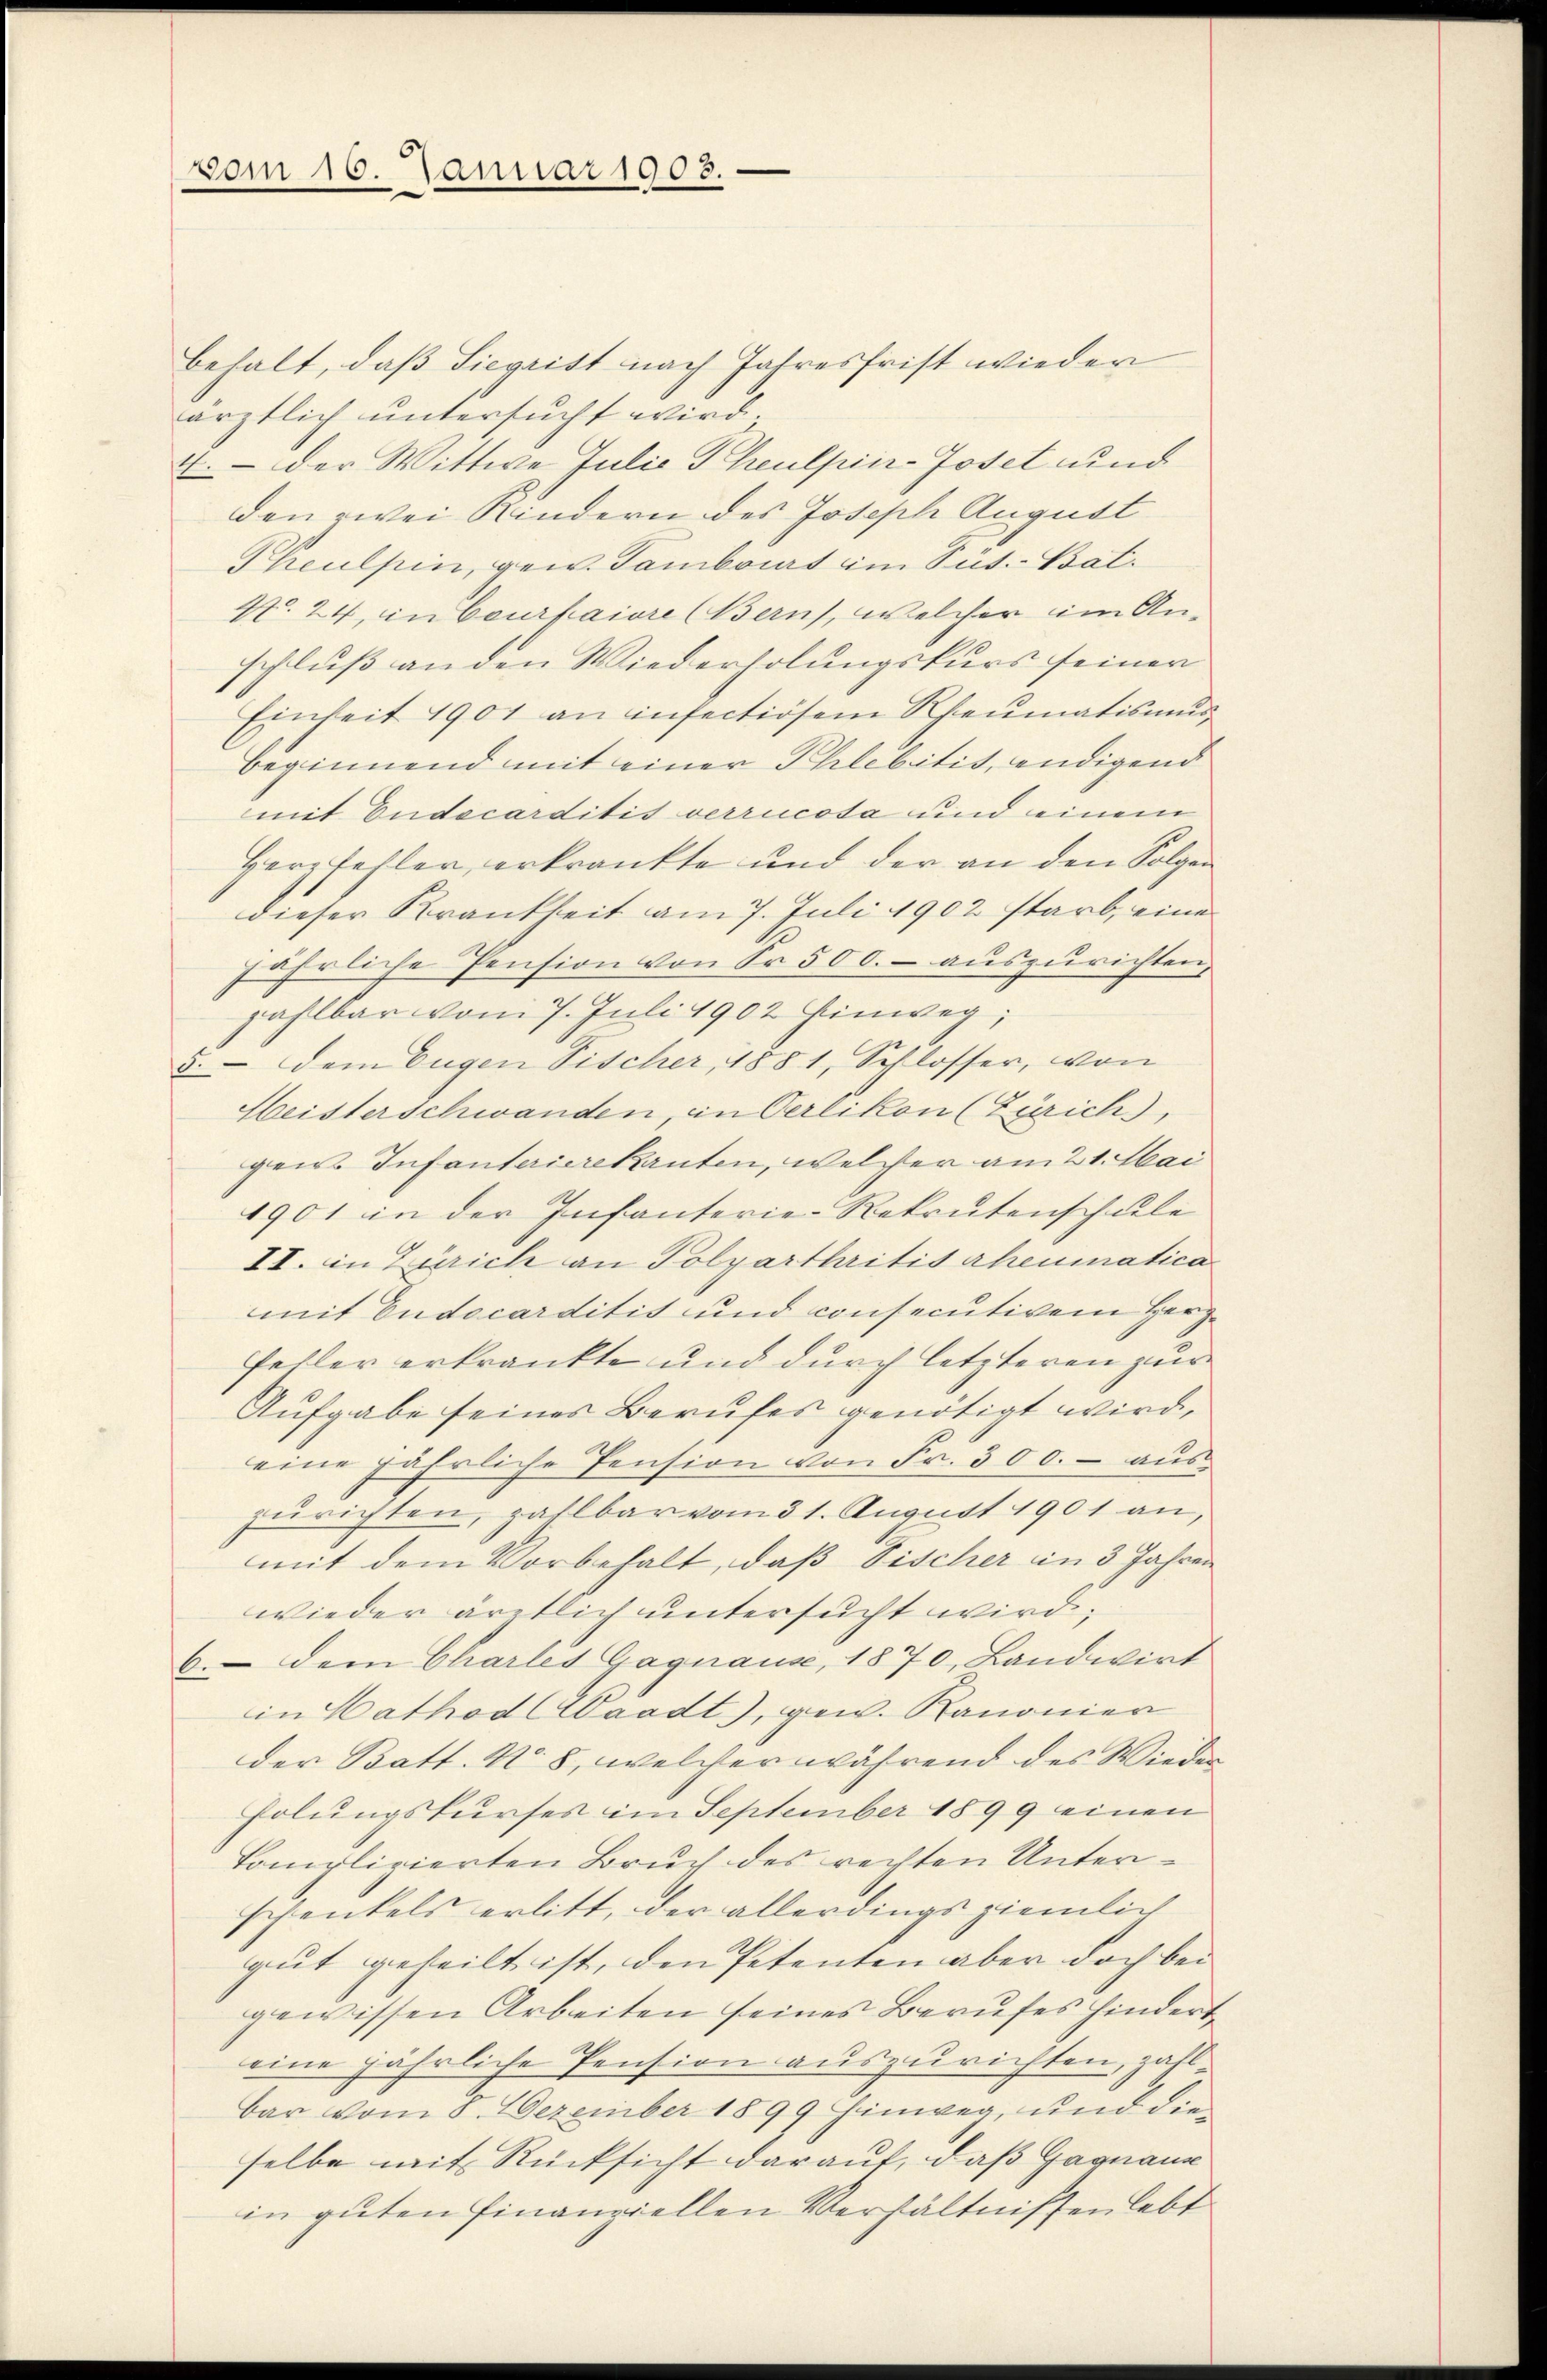
vom 16. Januar 1903.

behalt, daß Siegrist nach Jahresfrist wieder
ärztlich untersucht wird.
4.  der Wittwe Julie Theulpier-Joset und
den zwei Kindern des Joseph August
Pheulpin, gew. Tamborat im Püt.-Bat.
4. 24, in Courtaiore (Bern, welcher im An-
schluß an den Wiederholungskurs seiner
Einheit 1901 an insectiösem Rheumatismus
beginnend mit einer Phlebitis, endigend
mit Endecarditit verrucosa und einem
Herz fehler, erkrankte und der an den Folgen
dieser Krankheit am 7. Juli 1902 starb, eine
jährliche Pension von Sr. 500.- auszurichten,
zahlbar vom 7. Juli 1902 hinweg,
5. dem Eugen Fischer, 1881, Schlosser, von
Heisterschwanden, in Oerlikon (Zürich),
gen Infanteierekanten, welcher am 21. Mai
1901 in der Infanterie-Rekrutenschule
II. in Zürich an Polyarthritis rheumatica
mit Endecarditis und consecutivem Herzfeller erkrankte und durch letzteren zur
Aufgabe seines Berufes genötigt wird,
eine jährliche Pension von Fr. 300.- aŭs
zurichten, zahlbar vom 31. August 1901 an,
mit dem Vorbehalt, daß Fischer in 3 Jahren
wieder ärztlich untersucht wird;
6. dem Charlei Gagnause, 1870, Landwirt
in Cathod (Waadt), gew. Kanonier
der Batt. No. 8, welcher während des Wieder
Polungskurses im September 1899 einen
komplizierten Bruch des rechten Unterschenkels erlitt, der allerdings ziemlich
gut geheilt ist, den Petenten aber doch bei
gewissen Arbeiten seines Berufes hindert,
eine jährliche Pension auszurichten, zahlbar vom 8. Dezember 1899 hinweg, und die
selbe mit Rücksicht darauf, daß Gagnaue
in guten Finanziellen Verhältnissen lebt